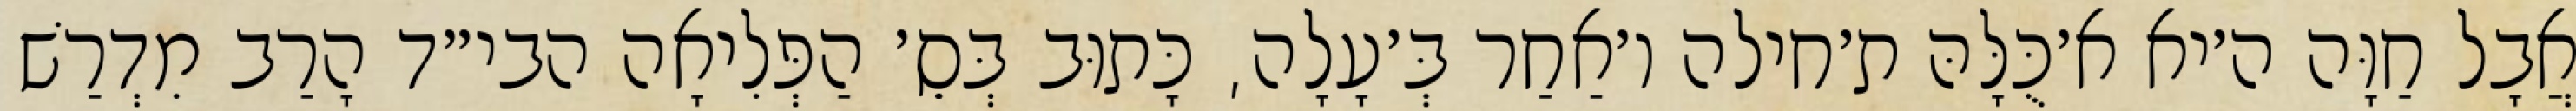
אֲבָל חַוָּה ה׳יא א׳כֻּלָּהּ ת׳חילה ו׳אַחַר בְּ׳עָלָה, כָּתוּב בְּסֵ׳ הַפְּלִיאָה הבי״ד הָרַב מִדְרַשׁ